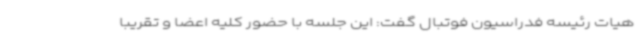
هیات رئیسه فدراسیون فوتبال گفت: این جلسه با حضور کلیه اعضا و تقریبا